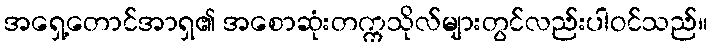
အရှေ့တောင်အာရှ၏ အစောဆုံးတက္ကသိုလ်များတွင်လည်းပါဝင်သည်။